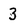
Character: 3